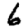
Digit: 6